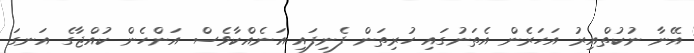
އޭނާ ނުކުތްއިރު އަހަރެން އެތަނުގައި ހުރިތަން ފެނިފައި އަނެއްކާވެސް އަންހެން ކުއްޖާގެ އަނގަ